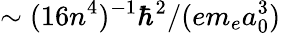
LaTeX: \sim(16n^{4})^{-1}\hbar^{2}/(em_{e}a_{0}^{3})